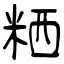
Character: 粞